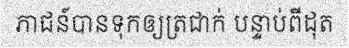
ភាជន៍បានទុកឲ្យត្រជាក់ បន្ទាប់ពីដុត